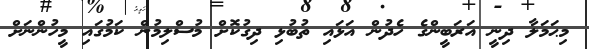
މިޙަމަލާ ދިނީ އަރަބީންގެ ހެދުން އަޅައި ތުބުޅި ދިގުކޮށް މުސްލިމުން ކަމުގައި މީހުންނަށް